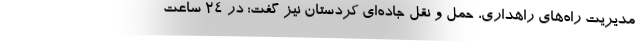
مدیریت راه‌های راهداری، حمل و نقل جاده‌ای کردستان نیز گفت: در ۲۴ ساعت